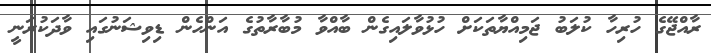
ރާއްޖޭގެ ހުރިހާ ކުލަބު ޖަމިއްޔާތަކަށް ހުޅުވާލައިގެން ބާއްވާ މުބާރާތުގެ އަންހެން ޑިވިޝަނުގައި ވާދަކުރަނީ